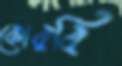
কোরবি